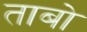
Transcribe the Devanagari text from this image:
ताबो